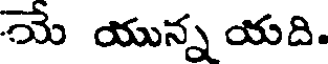
యే యున్న యది.